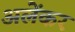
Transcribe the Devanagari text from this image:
अलेंकर